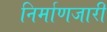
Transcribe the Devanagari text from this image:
निर्माणजारी